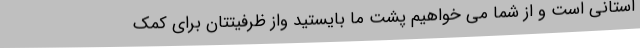
استانی است و از شما می خواهیم پشت ما بایستید واز ظرفیتتان برای کمک